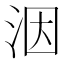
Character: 洇